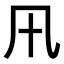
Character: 𭂩